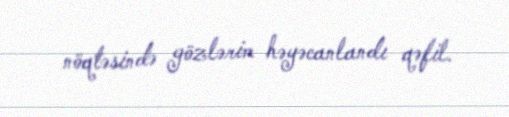
nöqtəsində gözlərim həyəcanlandı qəfil.